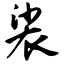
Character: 裟